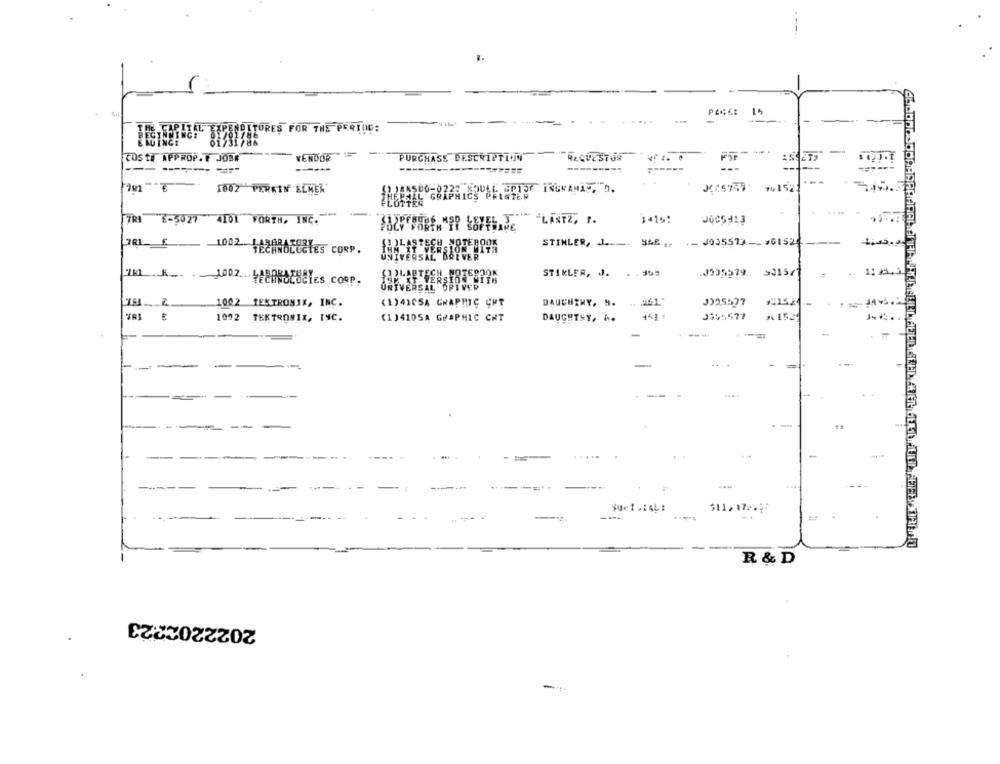
: 14
THE CAPITAL EXPENDITURES FOR THE PERIOD:
BEGINNING#
01/01/86
EMUINGE
01/31/86
--
COSTE APPROP.T JOB#
VENDOR
PURCHASE DESCRIPTION
REQUESTUN
----
---
1002 PERKIN ELMER
500-0220 XQUEL GPIJE INGRANAS. O.
KC5747
74152
-
7R1 2-5027 4101 FORTH, INC.
1+15:
JOC5-13
STINLER, 1 .-. SAE .. .- J035573 -- 961524
1002 TECHNOLOGIES CORP.
STIKLER, J. . . 30
.J905579. 921577
1: 36
ERSTER
1002 TEKTRONIX, INC.
(1)4165A GRAPHIC CHT
J995527
1092 TEKTRONIX, INC.
(1)410SA GRAPHIC CRT
DAUGHTHY. A.
J355577
-
---
-
=-
....
-
-
------
-
Suet . 14L:
511,17».4:
-----
R & D
2022202223
-